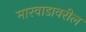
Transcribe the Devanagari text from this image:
मारवाडावरील